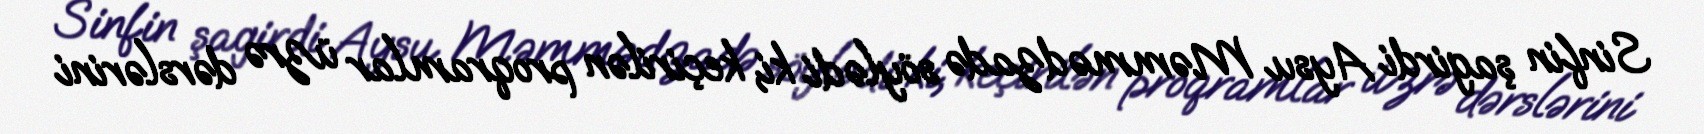
Sinfin şagirdi Aysu Məmmədzadə söylədi ki, keçirilən proqramlar üzrə dərslərini